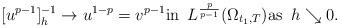
LaTeX: \begin{align*}[u^{p-1}]^{-1}_h \to u^{1-p}=v^{p-1} \textrm{in}\,\,\,L^{\frac{p}{p-1}}(\Omega_{t_1,T}) \textrm{as}\,\,\,h \searrow 0.\end{align*}